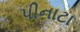
પીનાટા